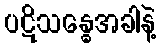
ပဋိသန္ဓေအခါနဲ့